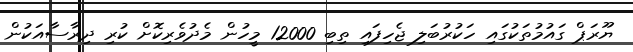
ޔޫރަޕް ގައުމުތަކުގައި ހަކުރުބަލި ޖެހިފައި ތިބި 12000 މީހުން މެދުވެރިކޮށް ކުރި ދިރާސާއަކުން